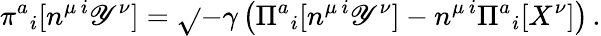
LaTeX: \pi^{a}{}_{i}[n^{\mu\, i}\mathscr{Y}^{\nu}]=\sqrt{}{{-\gamma}}\left(\Pi^{a}{}_{i}[n^{\mu\, i}\mathscr{Y}^{\nu}]-n^{\mu\, i}\Pi^{a}{}_{i}[X^{\nu}]\right)\, .